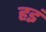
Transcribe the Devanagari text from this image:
हइं